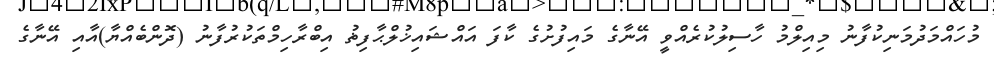
މުހައްމަދުމަނިކުފާނު މިއިލްމު ހާސިލުކުރެއްވީ އޭނާގެ މައިފުށުގެ ކާފަ އައްޝައިޚުލްޙާފިޡު އިބްރާހިމްތަކުރުފާނު (ދޮންބެއްޔާ)އާއި އޭނާގެ